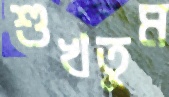
শুখতুম